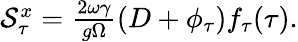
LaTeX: \begin{array}{r}{\mathcal{S}_{\tau}^{x}=\frac{2\omega\gamma}{g\Omega}(D+\phi_{\tau})f_{\tau}(\tau).}\end{array}